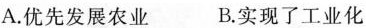
A.优先发展农业 B.实现了工业化